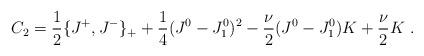
LaTeX: \begin{align*}C_2= {1 \over 2}\{ J^+, J^- \}_+ + {1 \over 4} (J^0-J_1^0)^2 - {\nu \over 2} (J^0-J_1^0) K + {\nu \over 2}K \ .\end{align*}